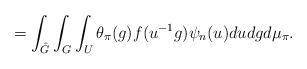
LaTeX: \begin{align*}=\int_{\hat{G}}^{} \int_{G}^{}\int_{U}^{}\theta_{\pi}(g)f(u^{-1}g)\psi_{n}(u)dudgd\mu_{\pi}.\end{align*}